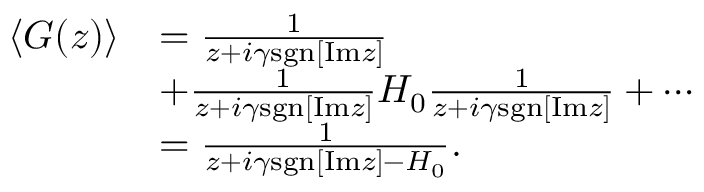
\begin{array} { r l } { \left< G ( z ) \right> } & { = \frac { 1 } { z + i \gamma \mathrm { s g n } [ \mathrm { I m } z ] } } \\ & { + \frac { 1 } { z + i \gamma \mathrm { s g n } [ \mathrm { I m } z ] } H _ { 0 } \frac { 1 } { z + i \gamma \mathrm { s g n } [ \mathrm { I m } z ] } + \cdots } \\ & { = \frac { 1 } { z + i \gamma \mathrm { s g n } [ \mathrm { I m } z ] - H _ { 0 } } . } \end{array}